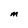
Character: m